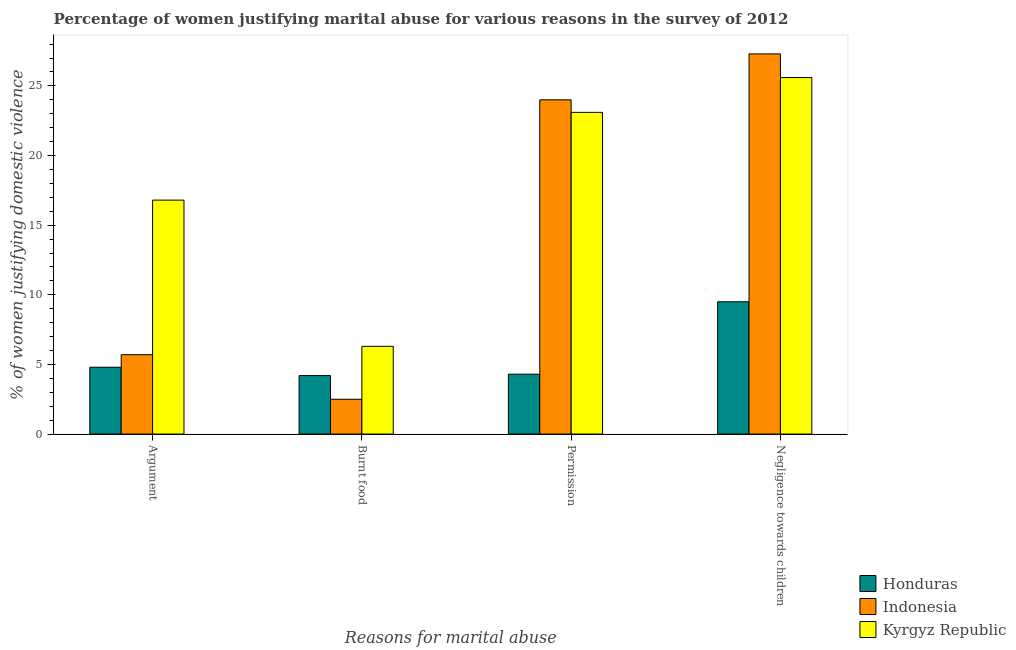
| Reasons for marital abuse | Honduras | Indonesia | Kyrgyz Republic |
 | --- | --- | --- | --- |
 | Argument | 4.8 | 5.7 | 16.8 |
 | Burnt food | 4.2 | 2.5 | 6.3 |
 | Permission | 4.3 | 24 | 23.1 |
 | Negligence towards children | 9.5 | 27.3 | 25.6 |